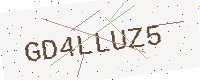
Text: GD4LLUZ5